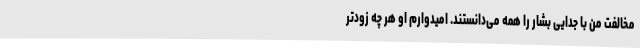
مخالفت من با جدایی بشار را همه می‌دانستند. امیدوارم او هر چه زودتر